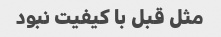
مثل قبل با کیفیت نبود